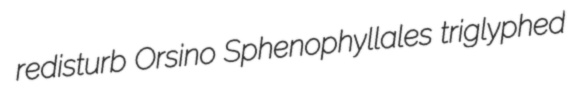
redisturb Orsino Sphenophyllales triglyphed